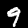
Digit: 9